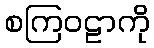
စကြဝဠာကို